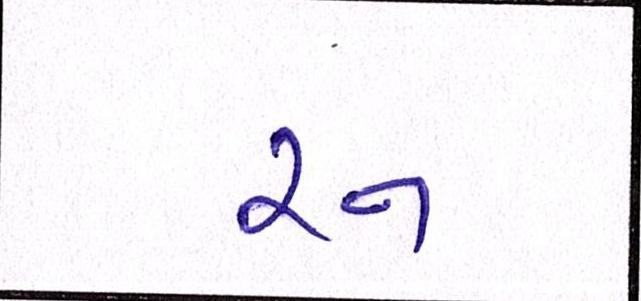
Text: રન